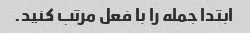
ابتدا جمله را با فعل مرتب کنید.